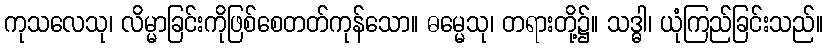
ကုသလေသု၊ လိမ္မာခြင်းကိုဖြစ်စေတတ်ကုန်သော။ ဓမ္မေသု၊ တရားတို့၌။ သဒ္ဓါ၊ ယုံကြည်ခြင်းသည်။